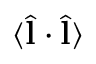
\langle \hat { \bf l } \cdot \hat { \bf l } \rangle